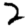
Digit: 2